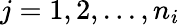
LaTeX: j=1,2,...,n_{i}